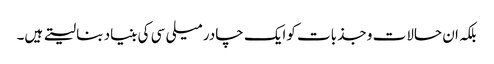
بلکہ ان حالات و جذبات کوایک چادر میلی سی کی بنیاد بنا لیتے ہیں۔